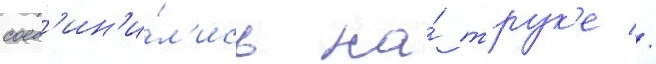
соед'ин'и́л'ись на́ трук'е //